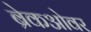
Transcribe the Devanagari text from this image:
ब्रेकओवर